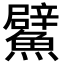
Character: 𩼢